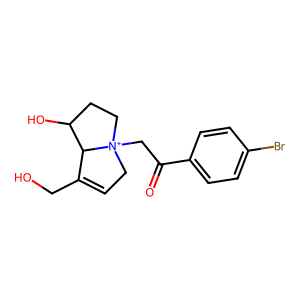
SMILES: O=C(C[N+]12CC=C(CO)C1C(O)CC2)c1ccc(Br)cc1
Inhibits HIV replication: No